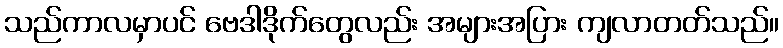
သည်ကာလမှာပင် ဗေဒါဒိုက်တွေလည်း အများအပြား ကျလာတတ်သည်။